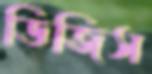
ডিজিস